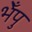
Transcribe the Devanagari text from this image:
भेँपु